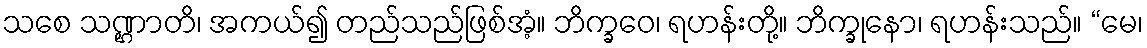
သစေ သဏ္ဌာတိ၊ အကယ်၍ တည်သည်ဖြစ်အံ့။ ဘိက္ခဝေ၊ ရဟန်းတို့။ ဘိက္ခုနော၊ ရဟန်းသည်။ “မေ၊